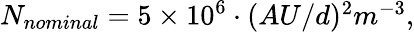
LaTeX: \begin{array}{r}{{N_{nominal}=5\times 10^{6}\cdot(AU/d)^{2}m^{-3},}}\end{array}